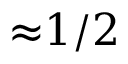
{ \approx } 1 / 2